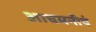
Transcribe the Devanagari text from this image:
आचमनीयं